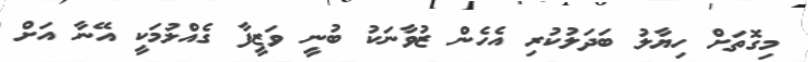
މިގޮތަށް ހިޔާލު ބަދަލުކުރި އެހެން ޒުވާނަކު ބުނީ ވަޒީފާ ގެއްލުމަކީ އޭނާ އަށް